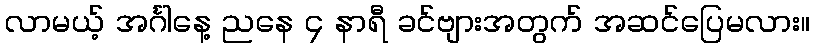
လာမယ့် အင်္ဂါနေ့ ညနေ ၄ နာရီ ခင်ဗျားအတွက် အဆင်ပြေမလား။